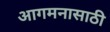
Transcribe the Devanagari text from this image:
आगमनासाठी